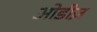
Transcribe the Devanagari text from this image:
ओडीज़